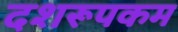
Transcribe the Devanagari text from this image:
दशरूपकम